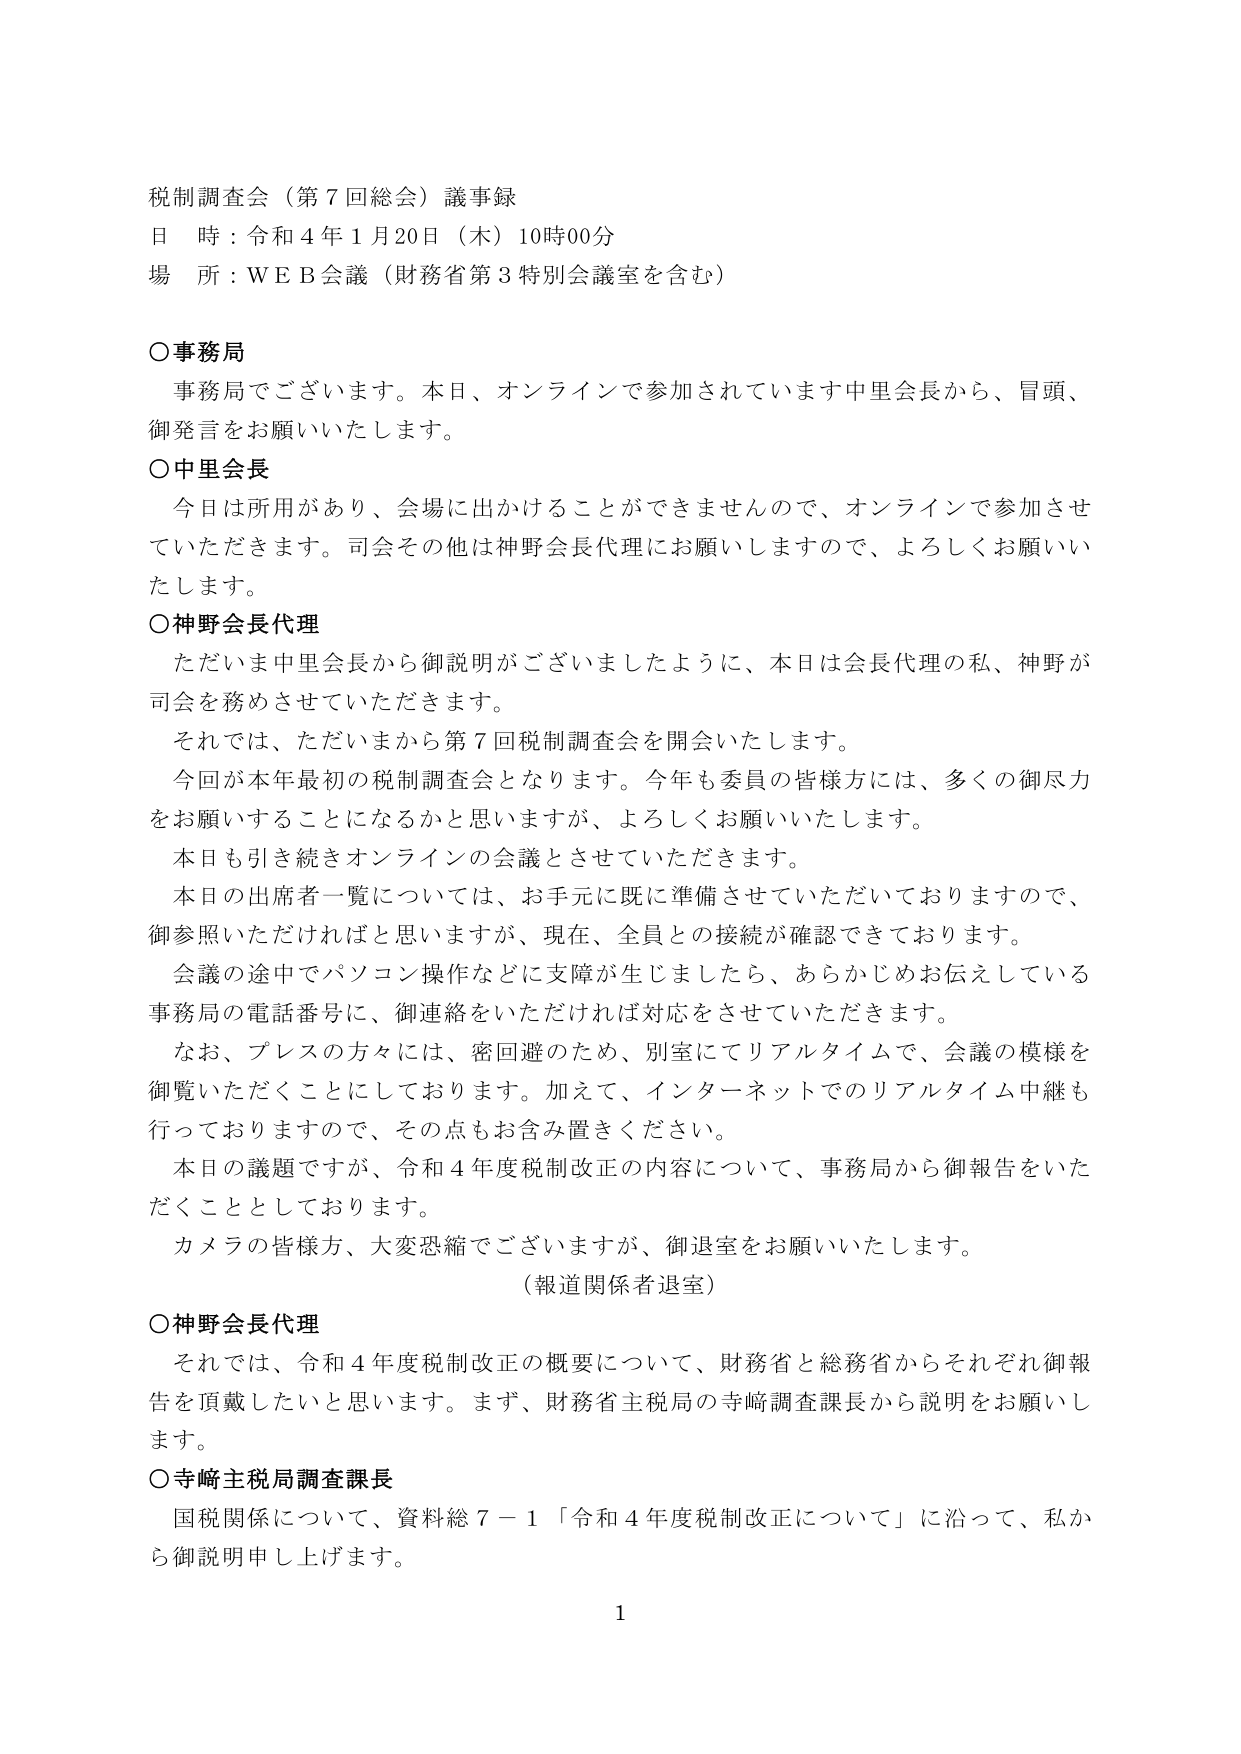
税制調査会（第７回総会）議事録
日 時：令和４年１月20日（木）10時00分
場 所：ＷＥＢ会議（財務省第３特別会議室を含む）

○事務局
　事務局でございます。本日、オンラインで参加されています中里会長から、冒頭、
　御発言をお願いいたします。

○中里会長
　今日は所用があり、会場に出かけることができませんので、オンラインで参加させていただきます。司会その他は神野会長代理にお願いしますので、よろしくお願いいたします。

○神野会長代理
　ただいま中里会長から御説明がございましたように、本日は会長代理の私、神野が司会を務めさせていただきます。
　それでは、ただいまから第７回税制調査会を開会いたします。
　今回が本年最初の税制調査会となります。今年も委員の皆様には、多くの御尽力をお願いすることになるかと思いますが、よろしくお願いいたします。
　本日も引き続きオンラインの会議とさせていただきます。
　本日の出席者一覧については、お手元に既に準備させていただいておりますので、御参照いただければと思いますが、現在、全員との接続が確認できております。
　会議の途中でパソコン操作などに支障が生じましたら、あらかじめお伝えしている事務局の電話番号に、御連絡をいただければ対応をさせていただきます。
　なお、プレスの方々には、密回避のため、別室にてリアルタイムで、会議の模様を御覧いただくことにしております。加えて、インターネットでのリアルタイム中継も行っておりますので、その点もお含み置きください。
　本日の議題ですが、令和４年度税制改正の内容について、事務局から御報告をいただくこととしております。
　カメラの皆様方、大変恐縮でございますが、御退室をお願いいたします。
　（報道関係者退室）

○神野会長代理
　それでは、令和４年度税制改正の概要について、財務省と総務省からそれぞれ御報告を頂戴したいと思います。まず、財務省主税局の寺崎調査課長から説明をお願いします。

○寺崎主税局調査課長
　国税関係について、資料総７－１「令和４年度税制改正について」に沿って、私から御説明申し上げます。

1